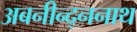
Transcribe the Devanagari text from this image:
अबनीन्द्ननाथ